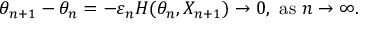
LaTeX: \theta _ { n + 1 } - \theta _ { n } = - \varepsilon _ { n } H ( \theta _ { n } , X _ { n + 1 } ) \rightarrow 0 , { \mathrm { ~ a s ~ } } n \rightarrow \infty .